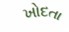
ખોદતા